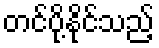
တင်ပို့နိုင်သည့်